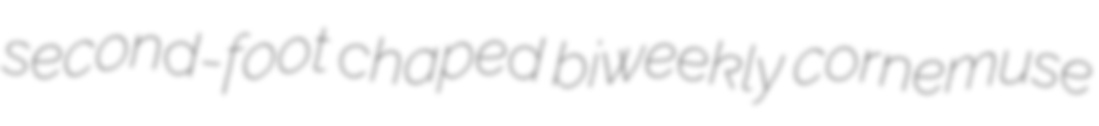
second-foot chaped biweekly cornemuse